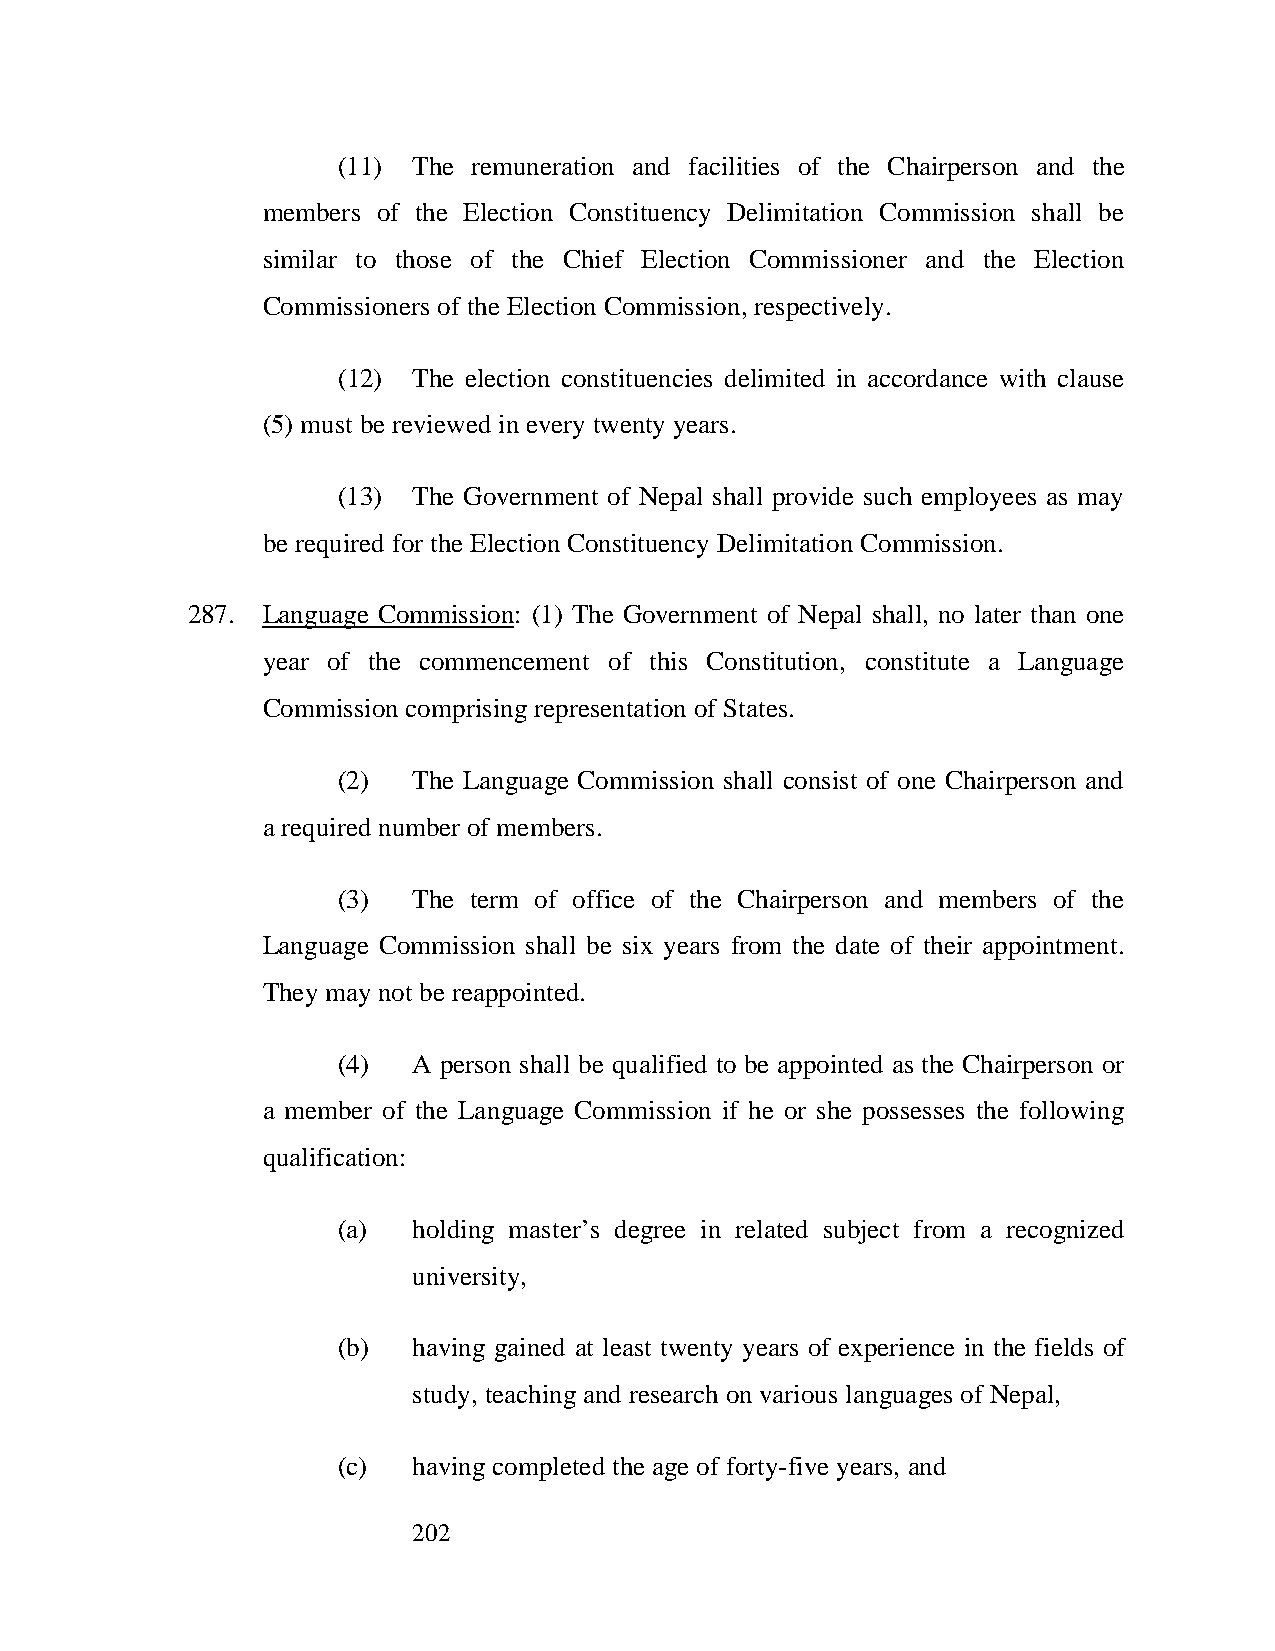
(11) The remuneration and facilities of the Chairperson and the
 members of the Election Constituency Delimitation Commission shall be
 similar to those of the Chief Election Commissioner and the Election
 Commissioners of the Election Commission, respectively.
 (12) The election constituencies delimited in accordance with clause
 (5) must be reviewed in every twenty years.
 (13) The Government of Nepal shall provide such employees as may
 be required for the Election Constituency Delimitation Commission.
 287. Language Commission: (1) The Government of Nepal shall, no later than one
 year of the commencement of this Constitution, constitute a Language
 Commission comprising representation of States.
 (2)  The Language Commission shall consist of one Chairperson and
 a required number of members.
 (3)  The term of office of the Chairperson and members of the
 Language Commission shall be six years from the date of their appointment.
 They may not be reappointed.
 (4)  A person shall be qualified to be appointed as the Chairperson or
 a member of the Language Commission if he or she possesses the following
 qualification:
 (a)  holding master’s degree in related subject from a recognized
 university,
 (b)  having gained at least twenty years of experience in the fields of
 study, teaching and research on various languages of Nepal,
 (c)  having completed the age of forty-five years, and
 202